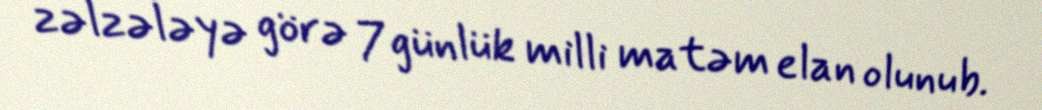
zəlzələyə görə 7 günlük milli matəm elan olunub.